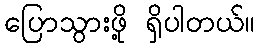
ပြောသွားဖို့ ရှိပါတယ်။